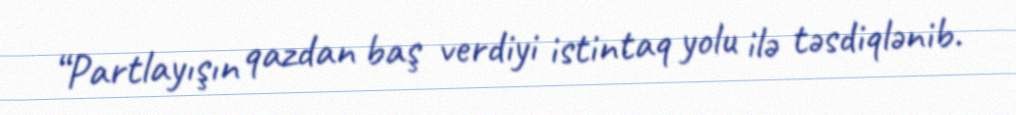
“Partlayışın qazdan baş verdiyi istintaq yolu ilə təsdiqlənib.